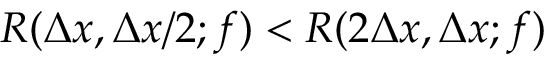
R ( \Delta x , \Delta x / 2 ; f ) < R ( 2 \Delta x , \Delta x ; f )